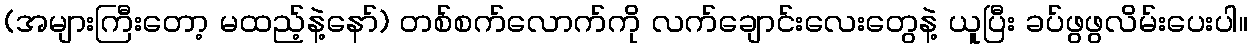
(အများကြီးတော့ မထည့်နဲ့နော်) တစ်စက်လောက်ကို လက်ချောင်းလေးတွေနဲ့ ယူပြီး ခပ်ဖွဖွလိမ်းပေးပါ။